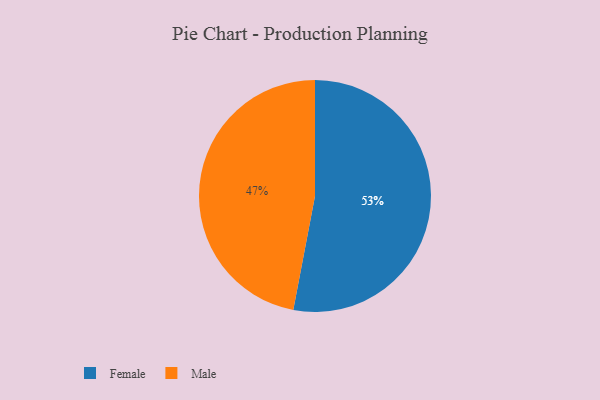
{"axis": {"x": "Category", "y": "Percentage"}, "legend": ["Female", "Male"], "data": [{"x": "Female", "y": 53, "type": "Female"}, {"x": "Male", "y": 47, "type": "Male"}]}